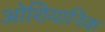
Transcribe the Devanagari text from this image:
ओशियानिक